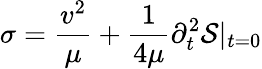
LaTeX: \sigma=\frac{v^{2}}{\mu}+\frac{1}{4\mu}\partial_{t}^{2}{\cal S}|_{t=0}